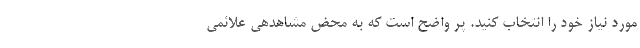
مورد نیاز خود را انتخاب کنید. پر واضح است که به محض مشاهدهی علائمی